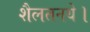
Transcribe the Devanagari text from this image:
शैलतनये।